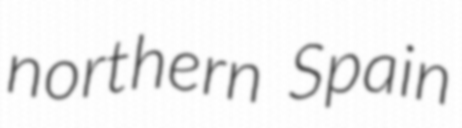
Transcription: northern Spain